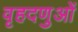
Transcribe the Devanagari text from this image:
वृहदणुओं